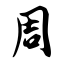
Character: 周